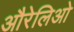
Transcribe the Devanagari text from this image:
औरेलिओ